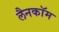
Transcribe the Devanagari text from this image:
लैनकॉम